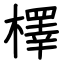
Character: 檡